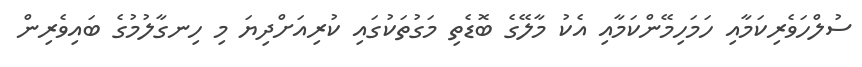
ސުލްހަވެރިކަމާއި ހަމަހިމޭންކަމާއި އެކު މާލޭގެ ބޮޑެތި މަގުތަކުގައި ކުރިއަށްދިޔަ މި ހިނގާލުމުގެ ބައިވެރިން